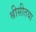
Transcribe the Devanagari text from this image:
श्रीसीतया